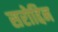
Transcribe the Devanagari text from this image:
सरोद्दिन